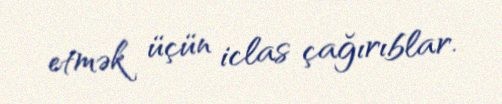
etmək üçün iclas çağırıblar.